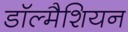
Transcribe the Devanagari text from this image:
डॉल्मैशियन